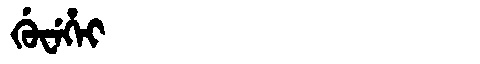
Manchu: ᡤᡠᠸᡝᡥᡝᡳ
Romanization: GUWEHEI